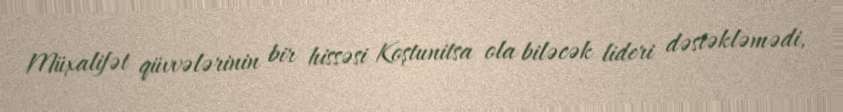
Müxalifət qüvvələrinin bir hissəsi Koştunitsa ola biləcək lideri dəstəkləmədi,